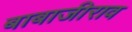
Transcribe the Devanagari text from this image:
बाबाजीराव